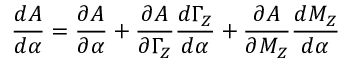
\frac { d A } { d \alpha } = \frac { \partial A } { \partial \alpha } + \frac { \partial A } { \partial \Gamma _ { Z } } \frac { d \Gamma _ { Z } } { d \alpha } + \frac { \partial A } { \partial M _ { Z } } \frac { d M _ { Z } } { d \alpha }